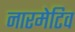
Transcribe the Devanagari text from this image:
नारमेटिव